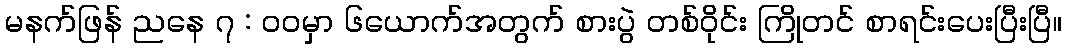
မနက်ဖြန် ညနေ ၇ : ဝဝမှာ ၆ယောက်အတွက် စားပွဲ တစ်ဝိုင်း ကြိုတင် စာရင်းပေးပြီးပြီ။